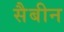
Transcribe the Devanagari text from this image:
सैबीन